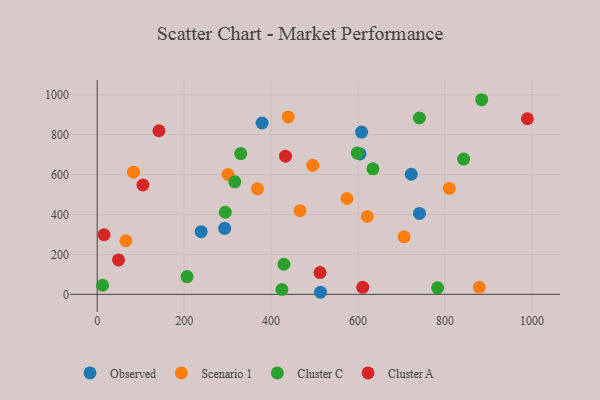
{"axis": {"x": "Distance", "y": "Yield"}, "legend": ["Cluster A", "Cluster C", "Observed", "Scenario 1"], "data": [{"x": "293.2", "y": 330.6, "type": "Observed"}, {"x": "722.4", "y": 601.3, "type": "Observed"}, {"x": "608.2", "y": 812.3, "type": "Observed"}, {"x": "604.5", "y": 703.3, "type": "Observed"}, {"x": "379.2", "y": 857.9, "type": "Observed"}, {"x": "239.1", "y": 314.1, "type": "Observed"}, {"x": "513.7", "y": 10.5, "type": "Observed"}, {"x": "741.4", "y": 405.2, "type": "Observed"}, {"x": "368.7", "y": 528.4, "type": "Scenario 1"}, {"x": "66.2", "y": 268.4, "type": "Scenario 1"}, {"x": "621.3", "y": 390.3, "type": "Scenario 1"}, {"x": "706.0", "y": 288.3, "type": "Scenario 1"}, {"x": "466.6", "y": 419.1, "type": "Scenario 1"}, {"x": "439.4", "y": 888.4, "type": "Scenario 1"}, {"x": "878.9", "y": 35.7, "type": "Scenario 1"}, {"x": "83.4", "y": 611.6, "type": "Scenario 1"}, {"x": "810.1", "y": 530.5, "type": "Scenario 1"}, {"x": "301.0", "y": 600.3, "type": "Scenario 1"}, {"x": "574.7", "y": 480.0, "type": "Scenario 1"}, {"x": "495.8", "y": 645.8, "type": "Scenario 1"}, {"x": "598.3", "y": 707.4, "type": "Cluster C"}, {"x": "842.8", "y": 677.5, "type": "Cluster C"}, {"x": "294.7", "y": 411.2, "type": "Cluster C"}, {"x": "330.1", "y": 704.6, "type": "Cluster C"}, {"x": "783.0", "y": 32.8, "type": "Cluster C"}, {"x": "634.2", "y": 628.6, "type": "Cluster C"}, {"x": "429.5", "y": 150.8, "type": "Cluster C"}, {"x": "316.6", "y": 563.6, "type": "Cluster C"}, {"x": "741.1", "y": 882.8, "type": "Cluster C"}, {"x": "12.5", "y": 45.6, "type": "Cluster C"}, {"x": "206.6", "y": 89.1, "type": "Cluster C"}, {"x": "424.9", "y": 24.5, "type": "Cluster C"}, {"x": "884.4", "y": 974.4, "type": "Cluster C"}, {"x": "989.5", "y": 879.2, "type": "Cluster A"}, {"x": "142.1", "y": 819.1, "type": "Cluster A"}, {"x": "610.8", "y": 35.3, "type": "Cluster A"}, {"x": "15.9", "y": 298.4, "type": "Cluster A"}, {"x": "433.2", "y": 691.6, "type": "Cluster A"}, {"x": "49.1", "y": 172.5, "type": "Cluster A"}, {"x": "512.6", "y": 109.2, "type": "Cluster A"}, {"x": "105.2", "y": 547.4, "type": "Cluster A"}]}